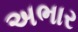
અભાર